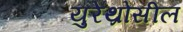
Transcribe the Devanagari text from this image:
युरेथ्रोसील